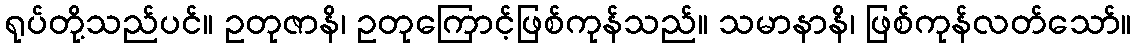
ရုပ်တို့သည်ပင်။ ဥတုဇာနိ၊ ဥတုကြောင့်ဖြစ်ကုန်သည်။ သမာနာနိ၊ ဖြစ်ကုန်လတ်သော်။